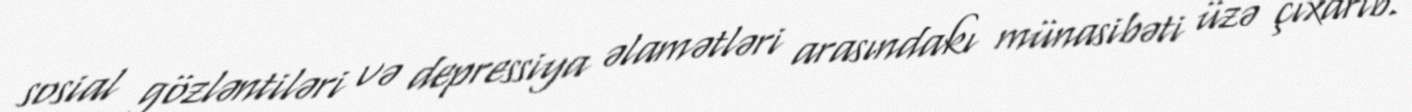
sosial gözləntiləri və depressiya əlamətləri arasındakı münasibəti üzə çıxarıb.